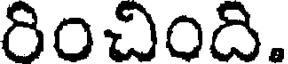
రించింది.